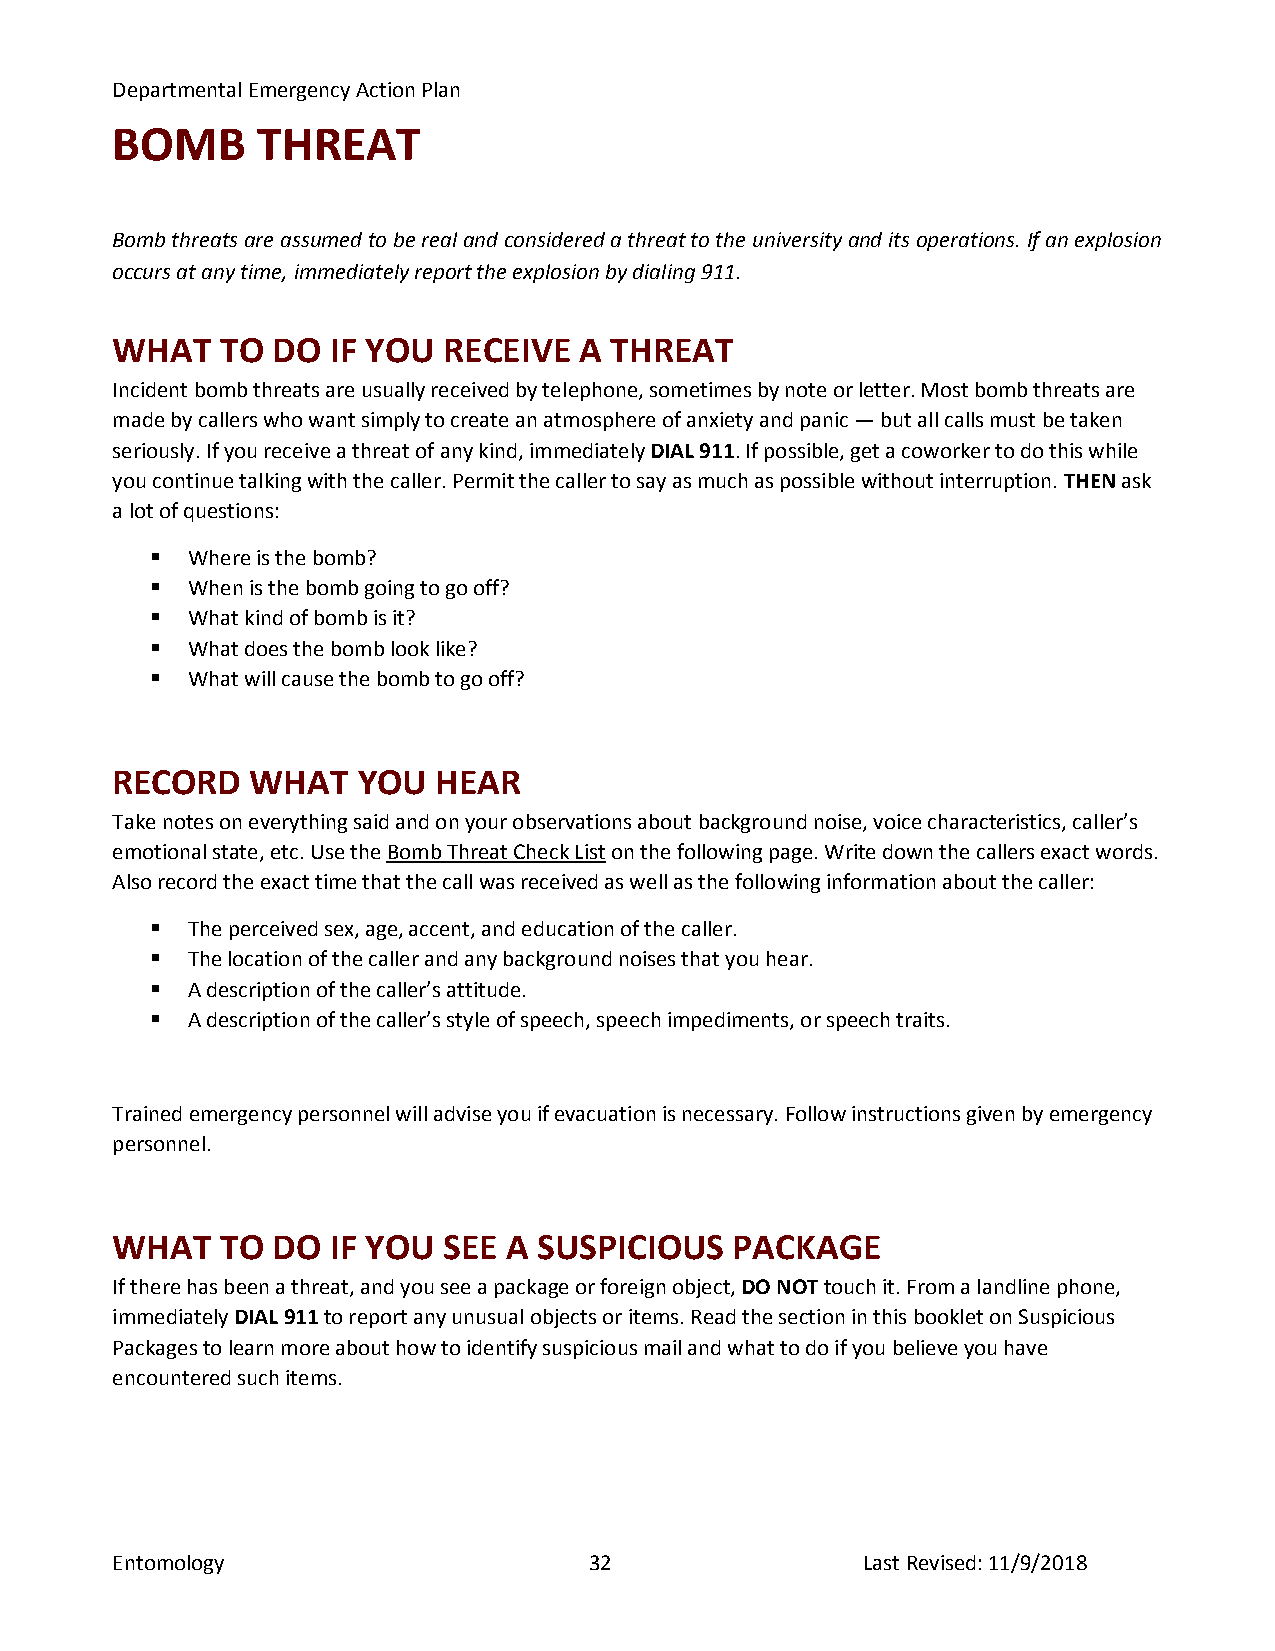
Departmental Emergency Action Plan
 BOMB      THREAT
 Bomb threats are assumed to be real and considered a threat to the university and its operations. If an explosion
 occurs at any time, immediately report the explosion by dialing 911.
 WHAT    TO DO  IF YOU RECEIVE  A THREAT
 Incident bomb threats are usually received by telephone, sometimes by note or letter. Most bomb threats are
 made by callers who want simply to create an atmosphere of anxiety and panic — but all calls must be taken
 seriously. If you receive a threat of any kind, immediately DIAL 911. If possible, get a coworker to do this while
 you continue talking with the caller. Permit the caller to say as much as possible without interruption. THEN ask
 a lot of questions:
  Where is the bomb?
  When is the bomb going to go off?
  What kind of bomb is it?
  What does the bomb look like?
  What will cause the bomb to go off?
 RECORD    WHAT   YOU  HEAR
 Take notes on everything said and on your observations about background noise, voice characteristics, caller’s
 emotional state, etc. Use the Bomb Threat Check List on the following page. Write down the callers exact words.
 Also record the exact time that the call was received as well as the following information about the caller:
  The perceived sex, age, accent, and education of the caller.
  The location of the caller and any background noises that you hear.
  A description of the caller’s attitude.
  A description of the caller’s style of speech, speech impediments, or speech traits.
 Trained emergency personnel will advise you if evacuation is necessary. Follow instructions given by emergency
 personnel.
 WHAT    TO DO  IF YOU SEE  A SUSPICIOUS   PACKAGE
 If there has been a threat, and you see a package or foreign object, DO NOT touch it. From a landline phone,
 immediately DIAL 911 to report any unusual objects or items. Read the section in this booklet on Suspicious
 Packages to learn more about how to identify suspicious mail and what to do if you believe you have
 encountered such items.
 Entomology                      32                Last Revised: 11/9/2018